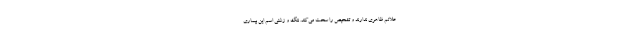
علائم ظاهری ندارند و تشخیص را سخت می‌کند. ننگ و زشتی اسم این بیماری